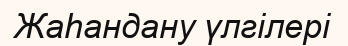
Жаһандану үлгілері